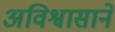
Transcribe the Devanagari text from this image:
अविश्वासाने